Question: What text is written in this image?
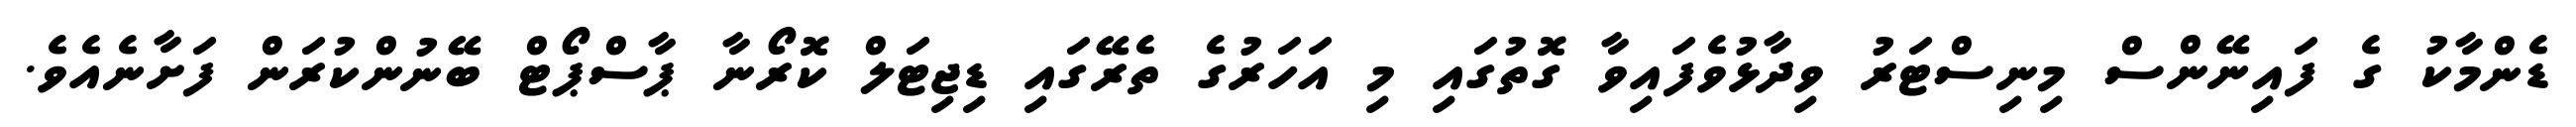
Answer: ޑެންމާކު ގެ ފައިނޭންސް މިނިސްޓަރު ވިދާޅުވެފައިވާ ގޮތުގައި މި އަހަރުގެ ތެރޭގައި ޑިޖިޓަލް ކޮރޯނާ ޕާސްޕޯޓް ބޭނުންކުރަން ފަށާނެއެވެ.